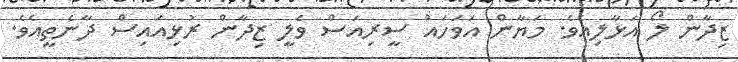
ޒިދާން ލޯ އަޅާލިއެވެ. މަޔާން އަވަހައް ސީރިއަސް ވެލީ ޒިދާން ރުޅިއައިސް ދާނެތީއެވެ.